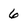
Character: 6